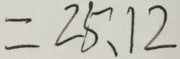
= 2 5 . 1 2